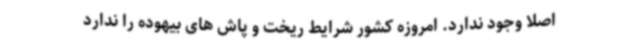
اصلا وجود ندارد. امروزه کشور شرایط ریخت و پاش های بیهوده را ندارد